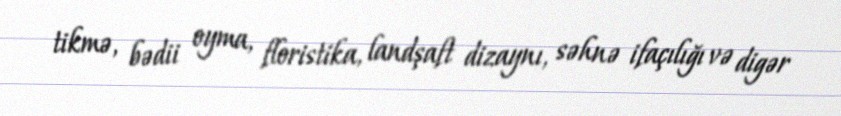
tikmə, bədii oyma, floristika, landşaft dizaynı, səhnə ifaçılığı və digər